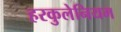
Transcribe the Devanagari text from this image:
हरकुलेनियम